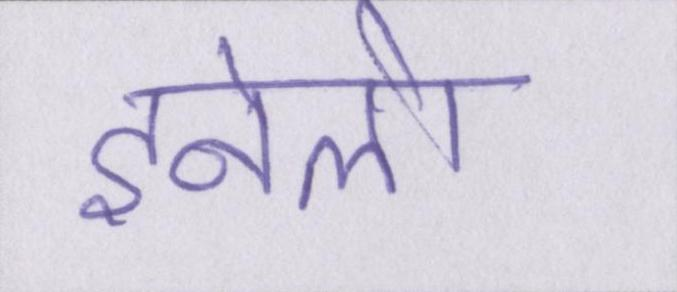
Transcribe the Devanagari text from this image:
इनेलो